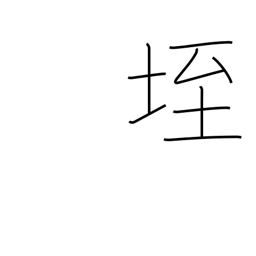
Meaning: anthill